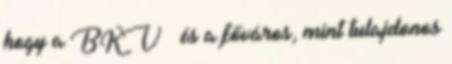
hogy a BKV – és a főváros, mint tulajdonos